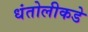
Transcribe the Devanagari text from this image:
धंतोलीकडे